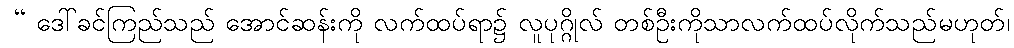
 “ ဒေါ်ခင်ကြည်သည် အောင်ဆန်းကို လက်ထပ်ရာ၌ လူပုဂ္ဂိုလ် တစ်ဦးကိုသာလက်ထပ်လိုက်သည်မဟုတ်၊